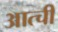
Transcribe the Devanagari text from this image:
आत्ची